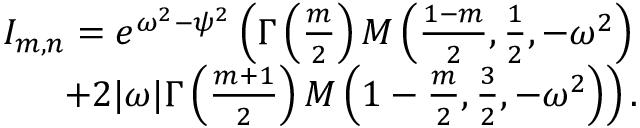
\begin{array} { r } { I _ { m , n } = e ^ { \omega ^ { 2 } - \psi ^ { 2 } } \left( \Gamma \left( \frac { m } { 2 } \right) M \left( \frac { 1 - m } { 2 } , \frac { 1 } { 2 } , - \omega ^ { 2 } \right) \right. } \\ { \left. + 2 | \omega | \Gamma \left( \frac { m + 1 } { 2 } \right) M \left( 1 - \frac { m } { 2 } , \frac { 3 } { 2 } , - \omega ^ { 2 } \right) \right) . } \end{array}